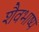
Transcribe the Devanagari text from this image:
शैवभाष्य